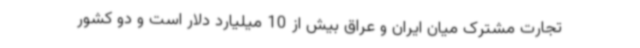
تجارت مشترک میان ایران و عراق بیش از 10 میلیارد دلار است و دو کشور